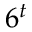
6 ^ { t }